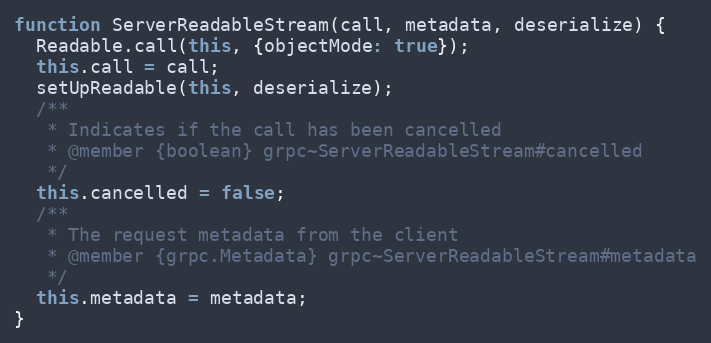
Language: JavaScript
function ServerReadableStream(call, metadata, deserialize) {
  Readable.call(this, {objectMode: true});
  this.call = call;
  setUpReadable(this, deserialize);
  /**
   * Indicates if the call has been cancelled
   * @member {boolean} grpc~ServerReadableStream#cancelled
   */
  this.cancelled = false;
  /**
   * The request metadata from the client
   * @member {grpc.Metadata} grpc~ServerReadableStream#metadata
   */
  this.metadata = metadata;
}